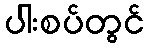
ပါးစပ်တွင်